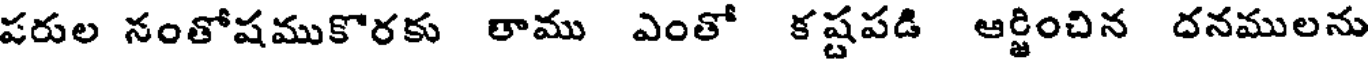
పరుల నంతోషముకొరకు తాము ఎంతో కష్టపడి ఆర్జించిన దనములను